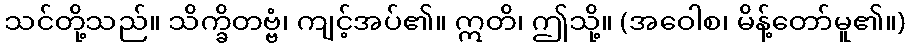
သင်တို့သည်။ သိက္ခိတဗ္ဗံ၊ ကျင့်အပ်၏။ ဣတိ၊ ဤသို့။ (အဝေါစ၊ မိန့်တော်မူ၏။)